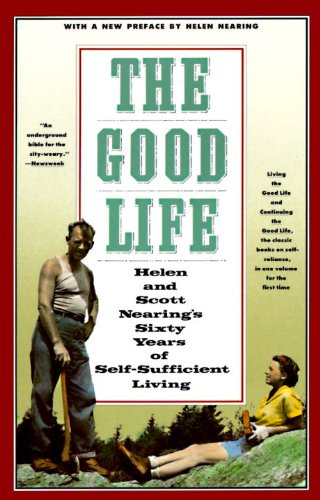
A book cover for The Good Life: Helen and Scott Nearing's Sixty Years of Self-Sufficient Living; Scott Nearing; Science & Math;